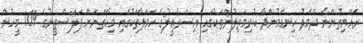
ރައްޔިތުންނާ ދެމެދު ހިނގަމުންދާ ކުރިމަތިލުންތަކުގައި އިސްރާއީލުގެ ހަމަލާތަކުގައި މިހާތަނަށް ފަލަސްތީނުގެ 109 މީހުން